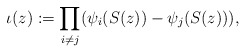
\begin{align*}\iota(z):=\prod_{i\neq j}(\psi_i(S(z))-\psi_j(S(z))),\end{align*}